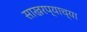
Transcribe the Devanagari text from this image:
साखरप्याच्या